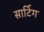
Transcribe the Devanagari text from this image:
सार्टिग